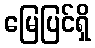
မြေပြင်ရှိ